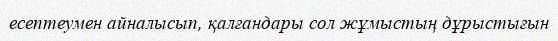
есептеумен айналысып, қалғандары сол жұмыстың дұрыстығын